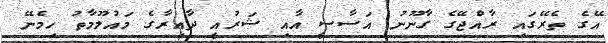
އޭގެ ތެރޭގައި ރާއްޖޭގެ ގާނޫނު އަސާސީ އާއި ޝަރުއީ ދާއިރާގެ މައުލޫމާތު ހިމެނޭ